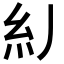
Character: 𱹪